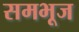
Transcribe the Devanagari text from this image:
समभूज